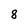
Character: 8